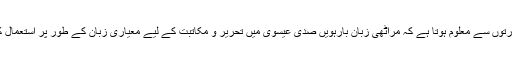
کتبوں کی عبارتوں سے معلوم ہوتا ہے کہ مراٹھی زبان بارہویں صدی عیسوی میں تحریر و مکاتبت کے لیے معیاری زبان کے طور پر استعمال کی جاتی تھی۔